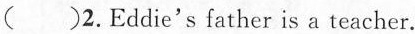
()2.Eddie's father is a teacher.